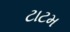
ટાટમ